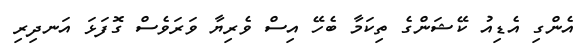
އެންގި އެޑިއު ކޭޝަންގެ ތިކަމާ ބެހޭ އިސް ވެރިޔާ ވަރަވެސް ގޮފަޅަ އަނދިރި